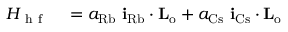
\begin{array} { r l } { H _ { \mathrm { ~ h ~ f ~ } } } & { { } = a _ { \mathrm { R b } } \ \mathbf { i } _ { \mathrm { R b } } \cdot \mathbf { L _ { \mathrm { o } } } + a _ { \mathrm { C s } } \ \mathbf { i } _ { \mathrm { C s } } \cdot \mathbf { L _ { \mathrm { o } } } } \end{array}